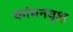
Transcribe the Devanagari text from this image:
कांचनवृक्ष